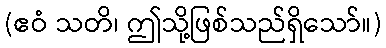
(ဧဝံ သတိ၊ ဤသို့ဖြစ်သည်ရှိသော်။)